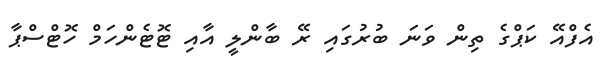
އެފްއޭ ކަޕްގެ ތިން ވަނަ ބުރުގައި ރޭ ބާންލީ އާއި ޓޮޓެންހަމް ހޮޓްސްޕާ